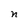
Character: n